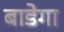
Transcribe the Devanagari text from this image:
बाडेगा